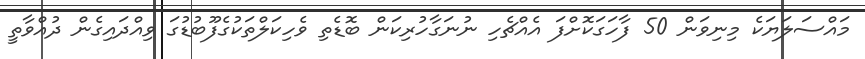
މައްސަލަޔަކެެ މިނިވަން 50 ފާހަގަކޮށްފަ އެއްޗެހި ނުނަގާހުރިކަން ބޮޑެތި ވެހިކަލްތަކުގެފޫބުޑުގަ ވިއްދައިގެން ދުއްވާތީ